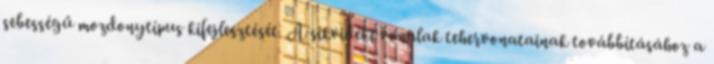
sebességű mozdonytípus kifejlesztését. A síkvidéki vonalak tehervonatainak továbbításához a